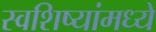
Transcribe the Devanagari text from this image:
स्वशिष्यांमध्ये